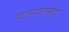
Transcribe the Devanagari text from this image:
चलनवलामुळे